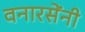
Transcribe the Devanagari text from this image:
वनारसेंनी